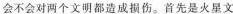
会不会对调个文明都造成损伤。首先是火星文